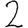
Digit: 2